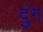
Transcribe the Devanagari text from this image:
दुंग